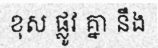
ខុស ផ្លូវ គ្នា នឹង